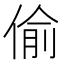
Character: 偷